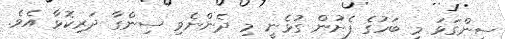
ސިންގަޅަ މި ބަހުގެ ފެށުން ގުޅެނީ މި ދެންނެވި ސިންގާ ދަރިކޮޅާ އެވެ.